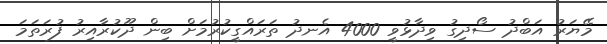
މޭޔަރު އަބްދު ސޯދިގު ވިދާޅުވީ 4000 އެނދު ތަރައްގީކުރުމަށް ބިން ދޫކުރާއިރު ފުރަތަމަ